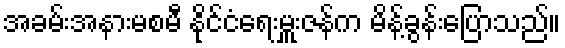
အခမ်းအနားမစမီ နိုင်ငံရေးမှူးဇန်က မိန့်ခွန်းပြောသည်။